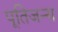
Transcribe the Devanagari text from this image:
पूतिजन्य